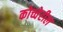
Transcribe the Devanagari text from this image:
कोच्चेरील